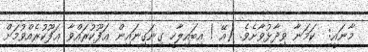
މާނައީ:  ކަމަނާ ވިދާޅުވާށެވެ. (އޭ ! އިބައިލާހީ ގިނަގިނައިން ޢަފޫކުރައްވާ ޢަފޫކުރެއްވުމަށް